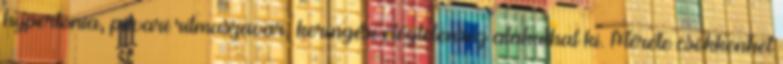
hypertonia, pitvari ritmuszavar, keringési elégtelenség alakulhat ki. Mérete csökkenhet